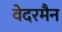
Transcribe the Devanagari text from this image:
वेदरमैन